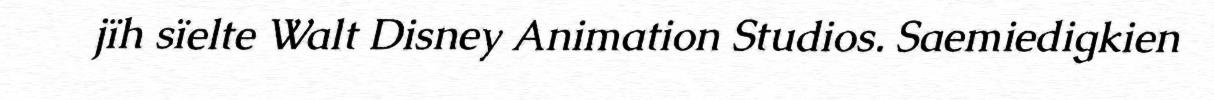
jïh sïelte Walt Disney Animation Studios. Saemiedigkien